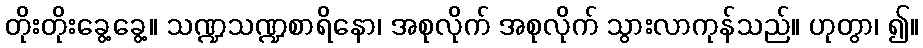
တိုးတိုးခွေ့ခွေ့။ သဏ္ဍသဏ္ဍစာရိနော၊ အစုလိုက် အစုလိုက် သွားလာကုန်သည်။ ဟုတွာ၊ ၍။